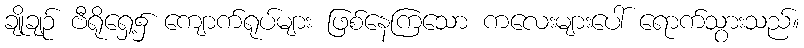
ချိုချဉ် ဗီရိုရှေ့၌ ကျောက်ရုပ်များ ဖြစ်နေကြသော ကလေးများပေါ် ရောက်သွားသည်။